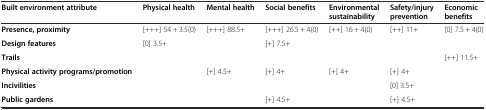
| Built environment attribute | Physical health | Mental health | Social benefits | Environmental sustainability | Safety/injury prevention | Economic benefits |
 | --- | --- | --- | --- | --- | --- | --- |
 | Presence, proximity | [+++] 54 + 3.5(0) | [+++] 88.5+ | [+++] 26.5 + 4(0) | [++] 16 + 4(0) | [++] 11+ | [0] 7.5 + 4(0) |
 | Design features | [0] 3.5+ |  | [+] 7.5+ |  |  |  |
 | Trails |  |  |  |  |  | [++] 11.5+ |
 | Physical activity programs/promotion |  | [+] 4.5+ | [+] 4+ | [+] 4+ | [+] 4+ |  |
 | Incivilities |  |  |  |  | [0] 3.5+ |  |
 | Public gardens |  |  | [+] 4.5+ |  | [+] 4.5+ |  |